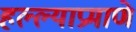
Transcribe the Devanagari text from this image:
हल्ल्याप्रमाणे